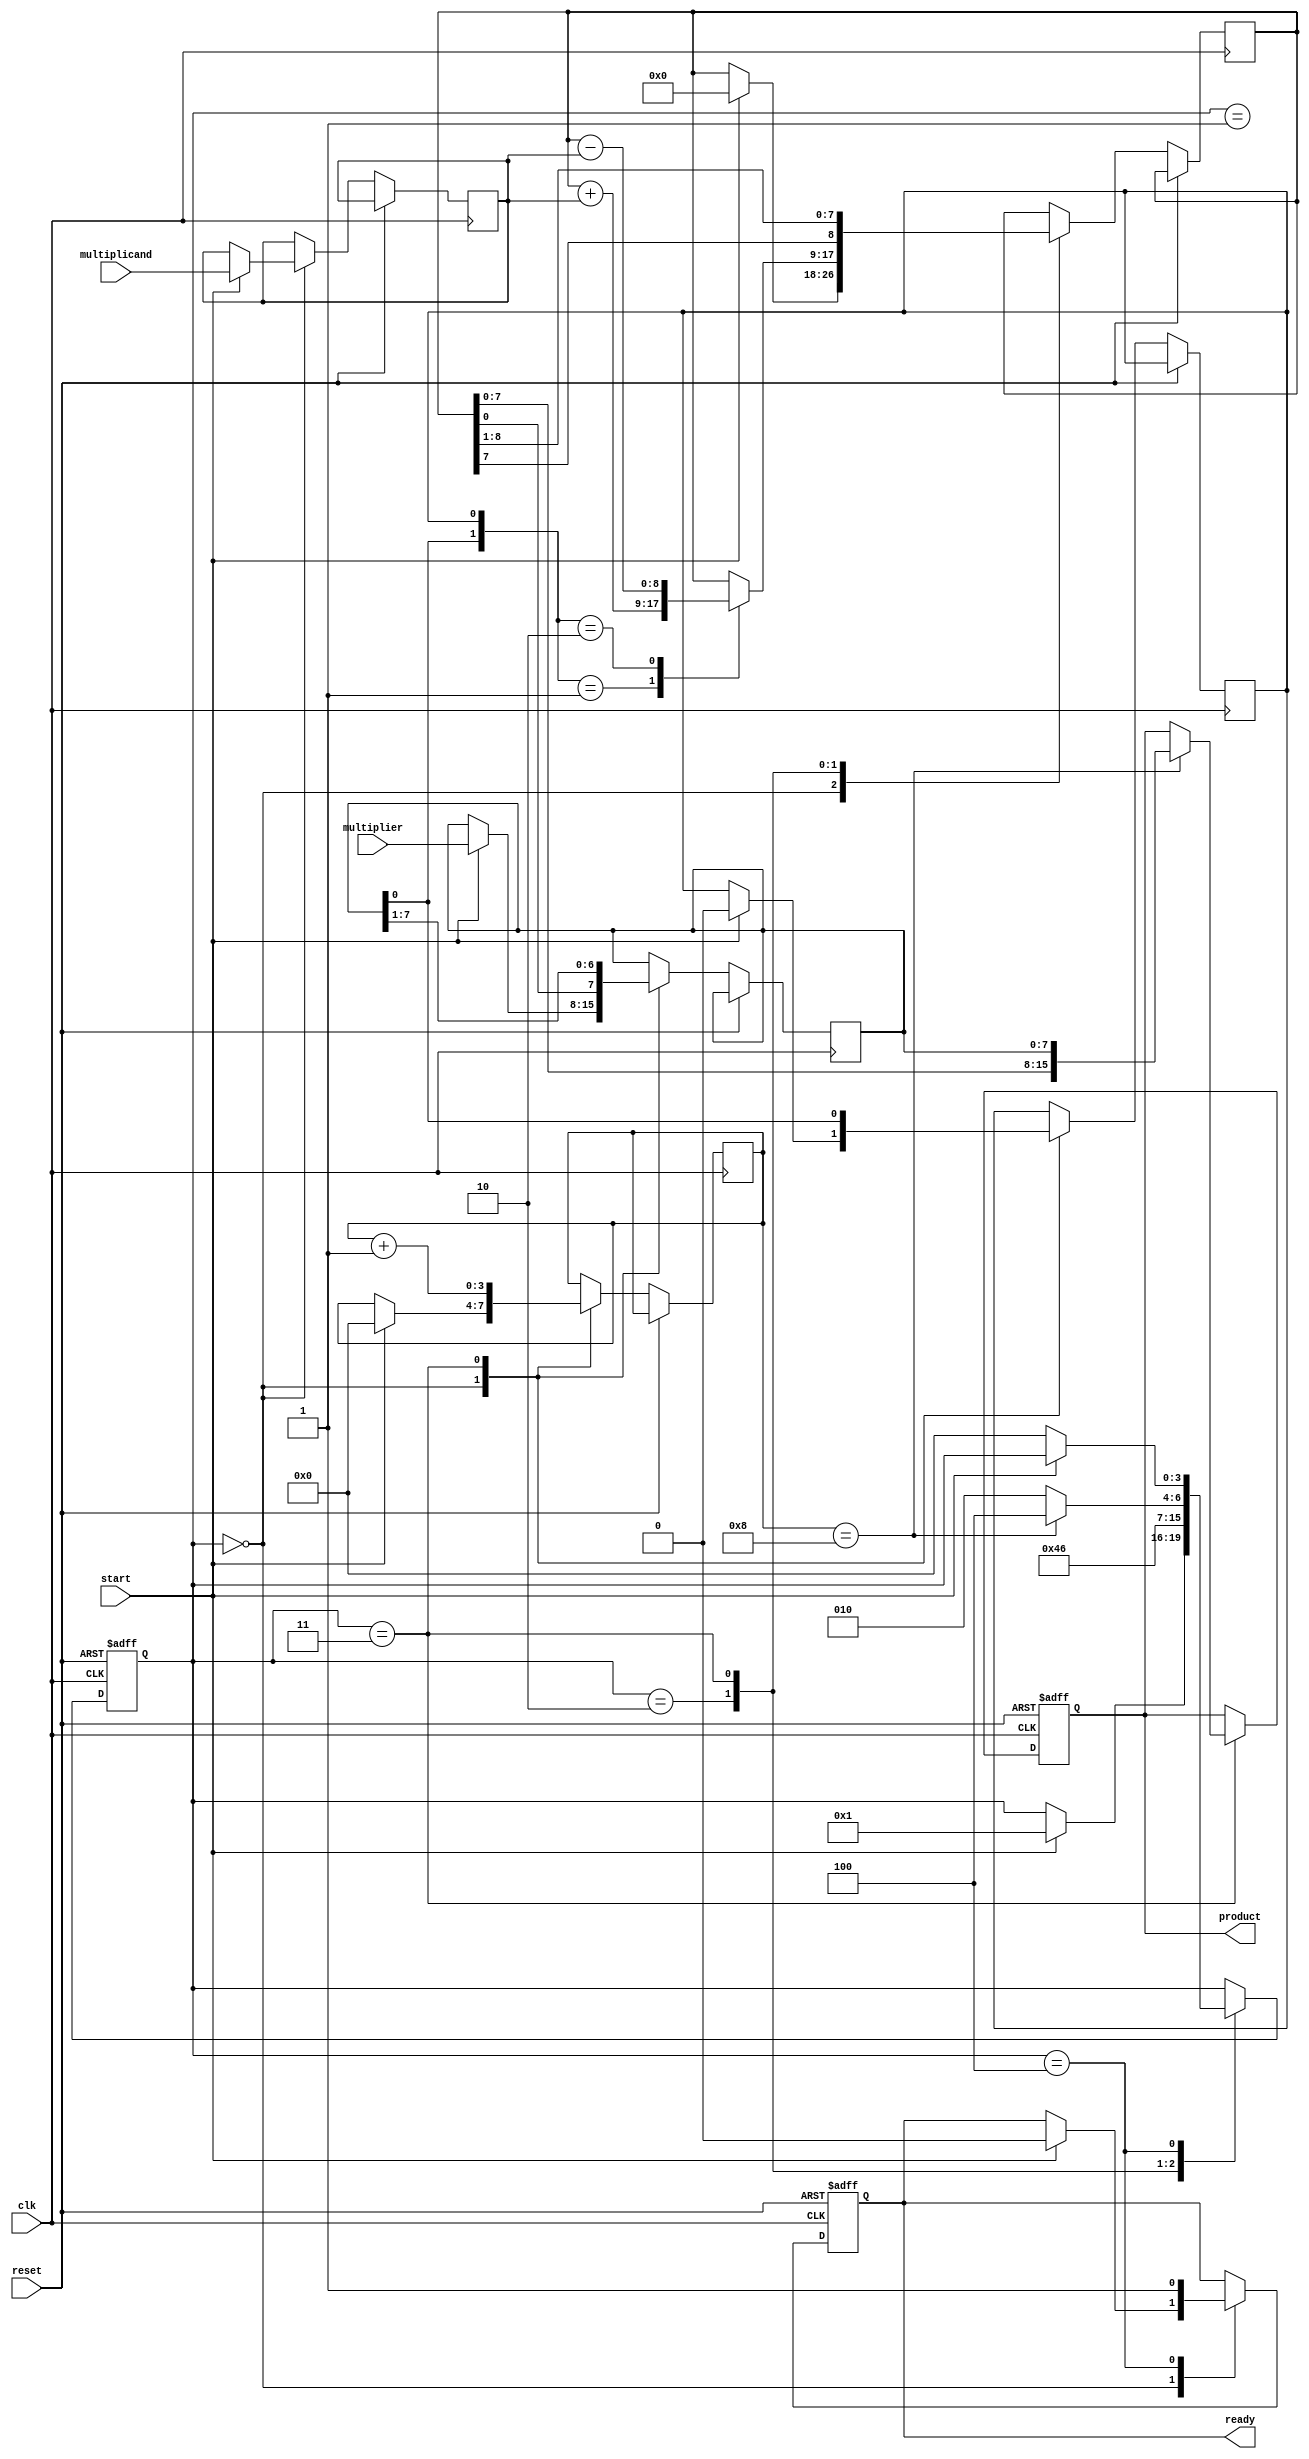
module booth_multiplier #(
    parameter N = 8 // Bit-width of the multiplicand and multiplier
) (
    input wire clk,
    input wire reset,
    input wire start,
    input wire signed [N-1:0] multiplicand, // M
    input wire signed [N-1:0] multiplier,    // Q
    output reg signed [(2*N)-1:0] product,    // Final product
    output reg ready                           // Signal indicating multiplication complete
);

    reg signed [N-1:0] M;         // Multiplicand register
    reg signed [N-1:0] Q;         // Multiplier register
    reg signed [(N):0] A;         // Accumulator register (1 bit more for carrying)
    reg Q_minus_1;                // Q-1 bit
    reg [3:0] state;              // FSM State
    reg [3:0] count;              // Counter for iterations

    // State definitions
    localparam IDLE     = 4'b0000,
               LOAD     = 4'b0001,
               COMPUTE  = 4'b0010,
               SHIFT     = 4'b0011,
               DONE      = 4'b0100;

    always @(posedge clk or posedge reset) begin
        if (reset) begin
            state <= IDLE;
            product <= 0;
            ready <= 0;
        end else begin
            case (state)
                IDLE: begin
                    if (start) begin
                        M <= multiplicand;                     // Load multiplicand
                        Q <= multiplier;                        // Load multiplier
                        A <= 0;                                // Initialize accumulator to zero
                        Q_minus_1 <= 0;                        // Initialize Q-1 to zero
                        count <= 0;                            // Initialize count
                        state <= LOAD;
                        ready <= 0;
                    end
                end

                LOAD: begin
                    // Start the computation after loading
                    state <= COMPUTE;
                end

                COMPUTE: begin
                    // Perform Booth's algorithm based on Q[0] and Q-1
                    case ({Q[0], Q_minus_1})
                        2'b01: A <= A + M; // A = A + M
                        2'b10: A <= A - M; // A = A - M
                        default: ;         // No operation
                    endcase
                    
                    // Transition to shifting
                    state <= SHIFT;
                end

                SHIFT: begin
                    // Arithmetic right shift A, Q, preserving the sign bit
                    {A, Q} <= {A[N-1], A, Q} >> 1;       // Shift and sign extension
                    Q_minus_1 <= Q[0];                   // Update Q-1 with the previous Q[0]
                    count <= count + 1;                   // Increment the iteration counter

                    // Check for completion
                    if (count == N) begin
                        product <= {A, Q};                // Final product is A and Q combined
                        state <= DONE;                     // Move to done state
                    end else begin
                        state <= COMPUTE;                 // Repeat computation
                    end
                end

                DONE: begin
                    ready <= 1;                           // Indicate multiplication is complete
                    if (!start) begin                     // If start is low, go back to idle
                        state <= IDLE;
                    end
                end
            endcase
        end
    end
endmodule